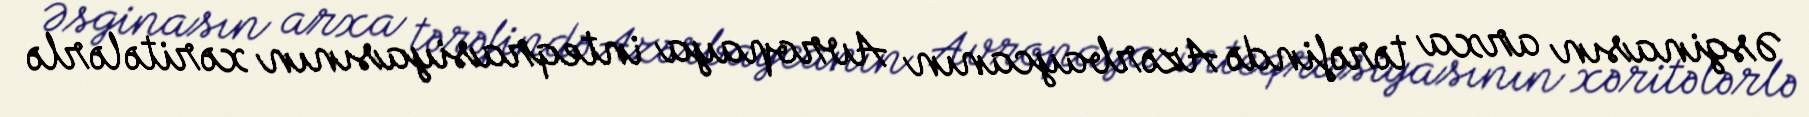
Əsginasın arxa tərəfində Azərbaycanın Avropaya inteqrasiyasının xəritələrlə